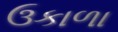
ઉકાળા